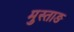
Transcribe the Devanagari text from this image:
मुस्ताङ